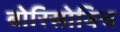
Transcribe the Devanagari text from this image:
बोरिसोविच